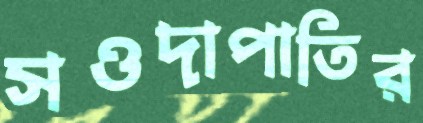
সওদাপাতির